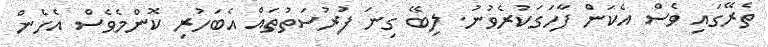
ތެރޭގައި ވެސް އެކަން ފާހަގަކުރެވުނު. ލިބޭ ގިނަ ފުރުސަތުތައް އެބަހުރި ކޮންމެވެސް އެހެން